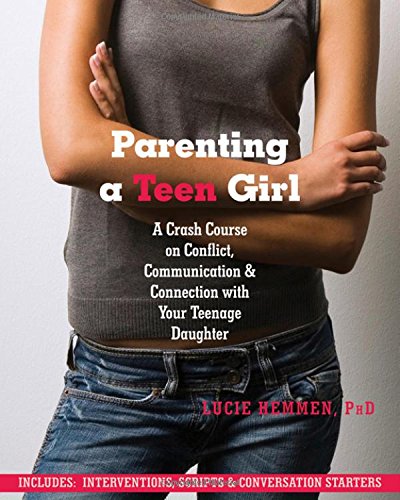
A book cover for Parenting a Teen Girl: A Crash Course on Conflict, Communication and Connection with Your Teenage Daughter; Lucie Hemmen PhD; Parenting & Relationships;